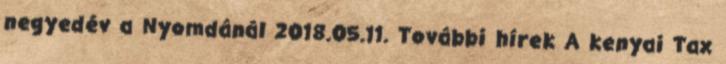
negyedév a Nyomdánál 2018.05.11. További hírek A kenyai Tax